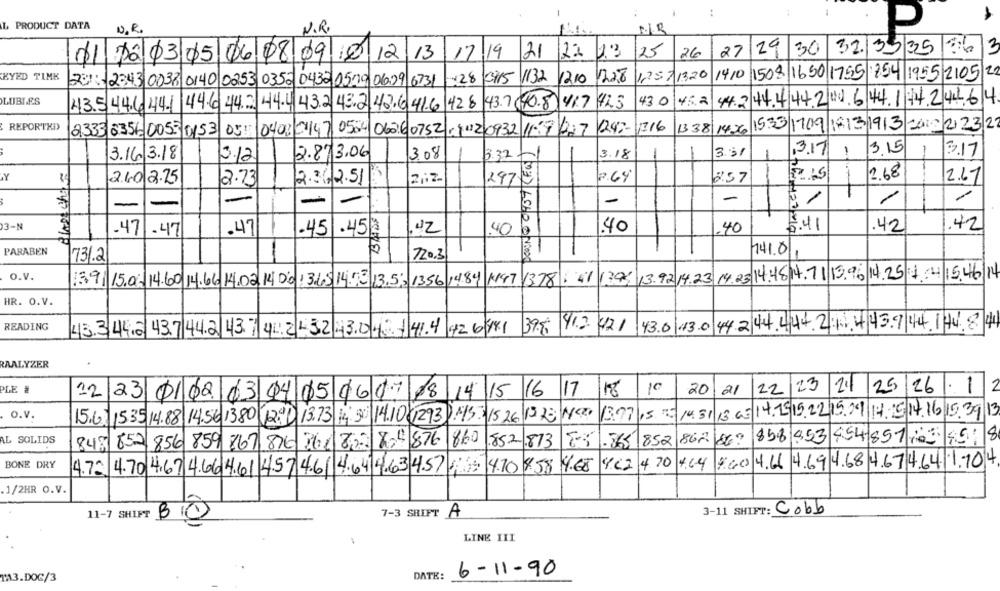
.4
L PRODUCT DATA
N.R.
N.R.
29
3
25
26
27
30
32/35/35
17.19
21
2%
01 pô 03 05 06 08 09 10 12 13
KYED TIME
125/1320
1410
150$
22
23: 2343 0038 0140 0253 0352 0432 0510 0609 6731
128/0915
1132
12.10
1228
16501755 854 1955 2105
LUBLES
428 43.7(40.8
417 423
43.0
45.2
44.2 44444200 64417424464
43.5 44.6 44.1 44.6 44.2 44.4 43.2 43.2 42.641.6
REPORTKI
124 :-
1716
1338 1426
15:33
1709
18/13/1913
CA10 2 23|22
2333 8356 0053 0153
05: 0408 2147
0504/062.60752 0 1012 0932 1109 227
3.31
3.17
1
315
-
3.17
3.16|3.18
3.12
2.873.06
3.08
3.32 -
3.18
--
2.68
Y
2.40 2.25
2.73
2.36 2.51
212
297
8.57
2.67
-
-
1
-
-
23-N
.47
.47
.45
.40
40
5.41
.42
42
.47
.45
40
PARABEN
731.2
720.3
741.01
O.V.
13.92.14.23. 14.23 14.4814.71 19.96 14.25 1 4 15.46/14
13.9 15.0. 14.60 14.66 14.02,14 00 13.65 14.53 13.53 1356 1484 1147 1378 : 41 1394
HR. O.V.
READING
43.3 44.0 43.7 44.2 43. 7 4: 2 - 32 43.0 4. 1 41.4 42 6781
39.5 412 421
43.0 130
44.2 44.444.2 .1.4439 44 144.84
RAALYZER
PLE #
10
23
25 26
1.1
2
12
23 01/02 03 14 05 06 07 08 14 15 16 17
18
20
21
22
21
15. 25/14.51 13.6: 14.1915.22 15.09 14, 5 14.16 15. 39 13
O.v.
15.62/15.35 14.88 14.56 1380 12.1 13.73 14: 30: 14.10 (1293 .115. 15 26 13 23 100
3.07
AL SOLIDS
852 856 859 867 876 261 802 804 876 860
.852 .873
1.565
852
862
1869
858 453
454/851 10
848
BONE DRY
4.C2 4 70
14.64
$60 4.66 4.69 4.68 4.67 4.64 1.704
4.7. 4.70 4,67 4.66 4.61 4.57 4.6 4.64 4.63 4.57 13
4.10 458 4.68
.1/2HR O.V.
7-3 SHIFT
A
3-11 SHIFT: Cobb
11-7 SHIPT BIO
LINE III
6-11-90
TA3.DOC/3
DATE: